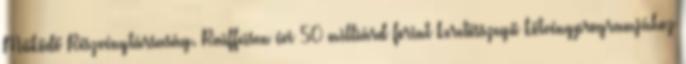
Működő Részvénytársaság. Raiffeisen évi 50 milliárd forint keretösszegű kötvényprogramjához